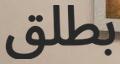
بطلق